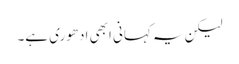
لیکن یہ کہانی ابھی ادھوری ہے۔